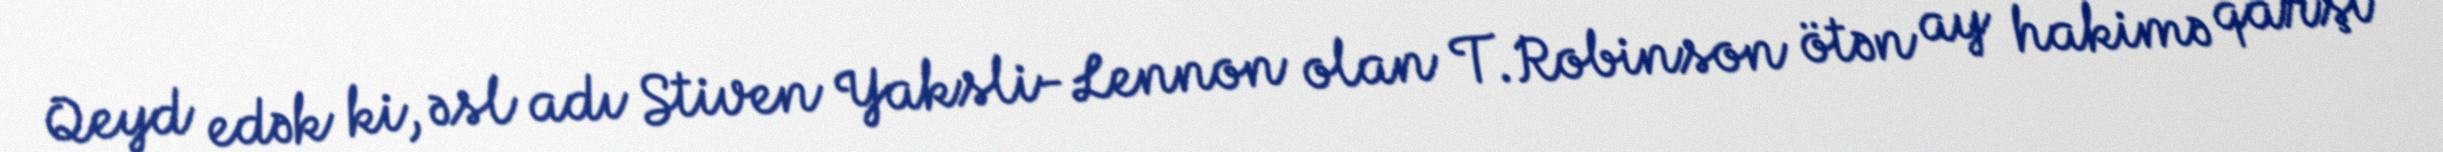
Qeyd edək ki, əsl adı Stiven Yaksli-Lennon olan T.Robinson ötən ay hakimə qarşı